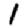
Digit: 1